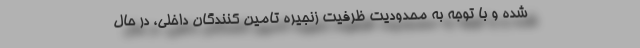
شده و با توجه به محدودیت ظرفیت زنجیره تامین کنندگان داخلی، در حال